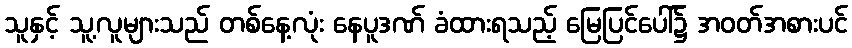
သူနှင့် သူ့လူများသည် တစ်နေ့လုံး နေပူဒဏ် ခံထားရသည့် မြေပြင်ပေါ်၌ အဝတ်အစားပင်